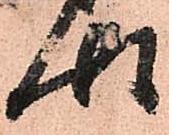
御